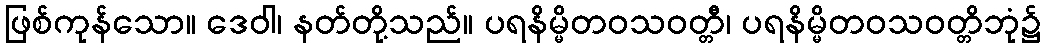
ဖြစ်ကုန်သော။ ဒေဝါ၊ နတ်တို့သည်။ ပရနိမ္မိတဝသဝတ္တီ၊ ပရနိမ္မိတဝသဝတ္တိဘုံ၌